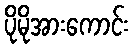
ပိုမိုအားကောင်း